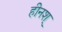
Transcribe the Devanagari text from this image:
हीनश्